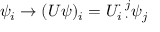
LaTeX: \psi _ { i } \rightarrow ( U \psi ) _ { i } = U _ { i \; \cdot } ^ { \cdot \; j } \psi _ { j }